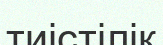
тиістілік